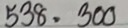
538 = 300